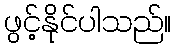
ဖွင့်နိုင်ပါသည်။